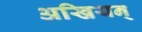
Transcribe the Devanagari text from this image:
अखियन्